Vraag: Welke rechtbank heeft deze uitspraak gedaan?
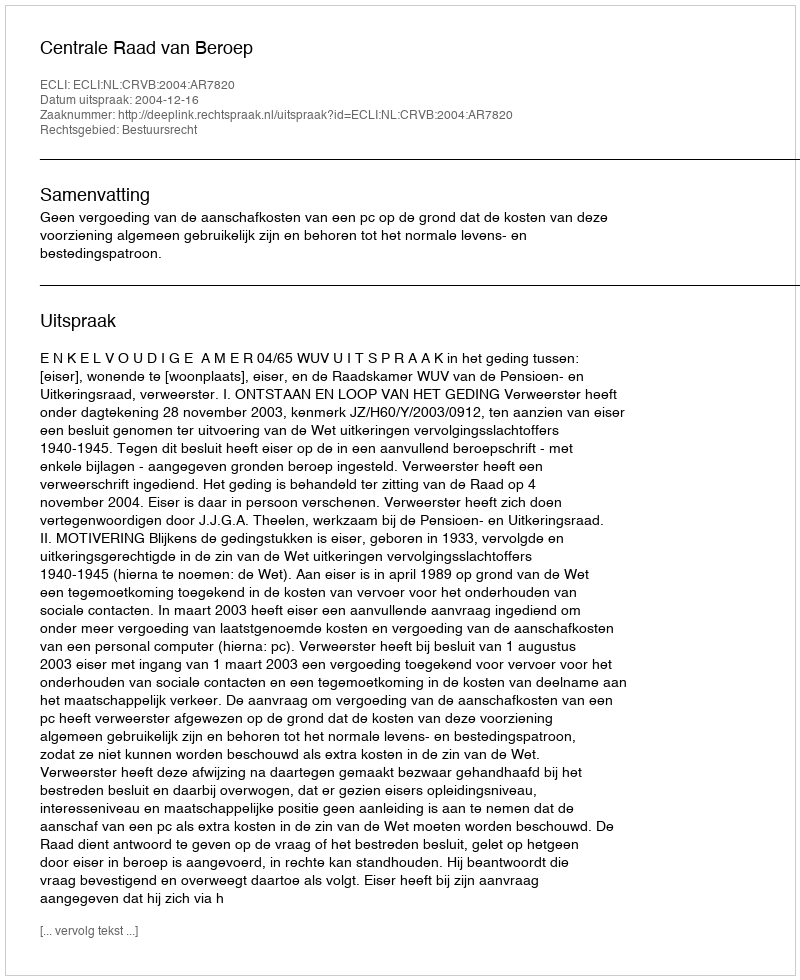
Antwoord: Centrale Raad van Beroep